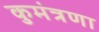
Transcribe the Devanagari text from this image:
कुमंत्रणा